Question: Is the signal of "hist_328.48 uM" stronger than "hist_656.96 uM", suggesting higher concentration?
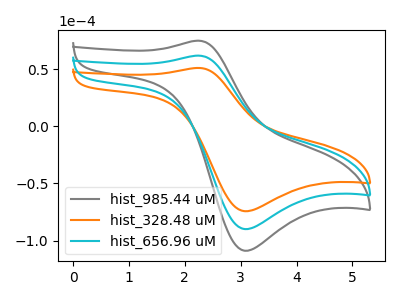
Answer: <think>The gray curve "hist_985.44 uM" has an anodic peak at (2.25V, 124.00uA) and a cathodic peak at (3.05V, -179.80uA). The orange curve "hist_328.48 uM" has an anodic peak at (2.25V, 51.20uA) and a cathodic peak at (3.05V, -74.25uA). The cyan curve "hist_656.96 uM" has an anodic peak at (2.25V, 62.00uA) and a cathodic peak at (3.05V, -89.90uA).
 All the peaks in "hist_328.48 uM" have a peak in "hist_656.96 uM" at the same potential. Every peak in "hist_328.48 uM" is lower than every peak in "hist_656.96 uM".</think>
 <answer>"hist_328.48 uM" has less signal than "hist_656.96 uM" and so likely has a lower concentration.</answer>
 <eval>less_concentration</eval>